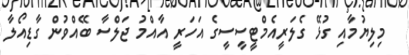
މިލިޔުމާއި ގުޅޭ ގެލަރީއެމްޓީސީސީގެ އަހަރީ އާއްމު ޖަލްސާ ބޭއްވުން ގާޑިއޯލާ